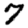
Digit: 7